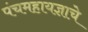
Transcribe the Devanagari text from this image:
पंचमहायज्ञाचे